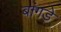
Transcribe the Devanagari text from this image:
बांगडे